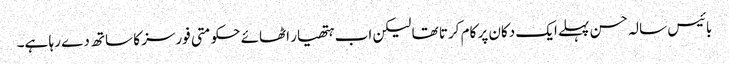
بائیس سالہ حسن پہلے ایک دکان پر کام کرتا تھا لیکن اب ہتھیار اٹھائے حکومتی فورسز کا ساتھ دے رہا ہے۔